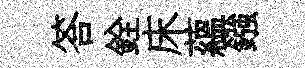
答銓床藴鏹